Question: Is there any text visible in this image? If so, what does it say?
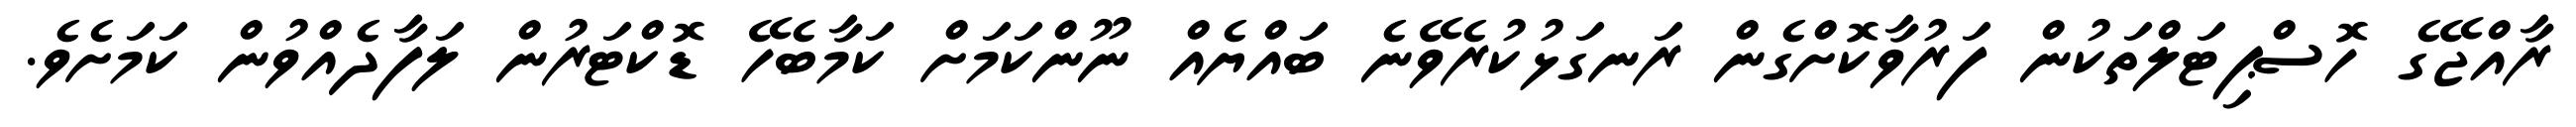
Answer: ރާއްޖޭގެ ހޮސްޕިޓަލްތަކުން ފަރުވާކޮށްގެން ރަނގަޅުކުރެވޭނެ ބައްޔެއް ނޫންކަމަށް ކަމާބެހޭ ޑޮކްޓަރުން ލަފާދެއްވުން ކަމަށެވެ.